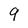
Character: 9